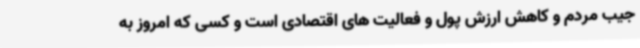
جیب مردم و کاهش ارزش پول و فعالیت های اقتصادی است و کسی که امروز به